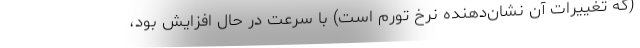
(که تغییرات آن نشان‌دهنده نرخ تورم است) با سرعت در حال افزایش بود،